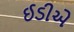
ઈડીએ